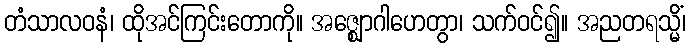
တံသာလဝနံ၊ ထိုအင်ကြင်းတောကို။ အဇ္ဈောဂါဟေတွာ၊ သက်ဝင်၍။ အညတရသ္မိံ၊